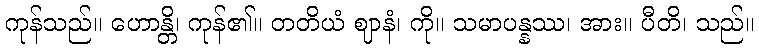
ကုန်သည်။ ဟောန္တိ၊ ကုန်၏။ တတိယံ ဈာနံ၊ ကို။ သမာပန္နဿ၊ အား။ ပီတိ၊ သည်။